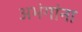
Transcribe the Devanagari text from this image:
अभंगांना